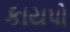
કાયપો